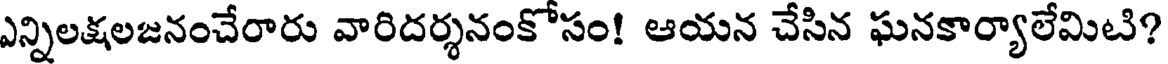
ఎన్నిలక్షలజనంచేరారు వారిదర్శనంకోసం! ఆయన చేసిన ఘనకార్యాలేమిటి?